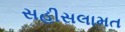
સહીસલામત